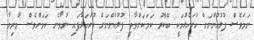
ނަމަވެސް ފުލުހުންނަށް ހުށަހެޅުމަކީ ބޭކާރު ކަމަކަށްވާތީ ފުލުހުންނަށް ހުށަހަޅާފައި ނުވާނެ ކަމަށްވެސް މާރިޔާ